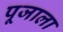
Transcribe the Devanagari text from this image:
पूजाला